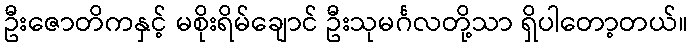
ဦးဇောတိကနှင့် မစိုးရိမ်ချောင် ဦးသုမင်္ဂလတို့သာ ရှိပါတော့တယ်။